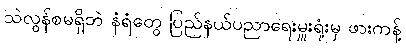
သဲလွန်စမရှိဘဲ နံရံတွေ ပြည်နယ်ပညာရေးမှူးရုံးမှ ဖားကန့်